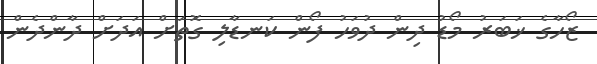
ޒޯހާގެ ޚަބަރު މޯޑު ދިން ދުވަހު ފޯން ކަނޑާލި ގޮތަށް އަދަށް ދާންދެން